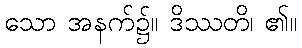
သော အနက်၌။ ဒိဿတိ၊ ၏။